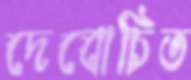
দেবোচিত